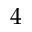
4